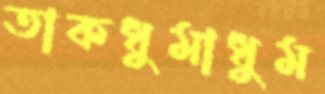
তাকধুমাধুম